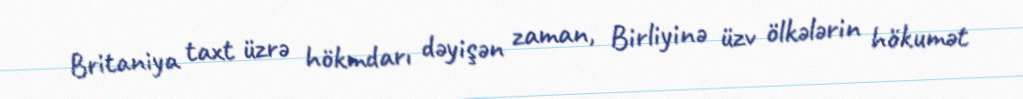
Britaniya taxt üzrə hökmdarı dəyişən zaman, Birliyinə üzv ölkələrin hökumət